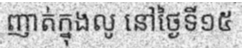
ញាត់ក្នុងលូ នៅថ្ងៃទី១៥